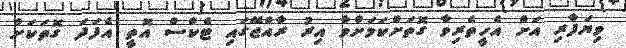
ވިޔަފާރި އަށް އެހީތެރިވާ ގޮތަށްކަމަށްވާ އިރު ރާއްޖޭގައި ޓެކްސް އޮތީ އެފަދަ ގޮތަކަށް